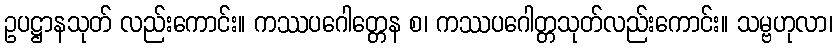
ဥပဋ္ဌာနသုတ် လည်းကောင်း။ ကဿပဂေါတ္တေန စ၊ ကဿပဂေါတ္တသုတ်လည်းကောင်း။ သမ္ဗဟုလာ၊